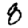
Digit: 8